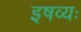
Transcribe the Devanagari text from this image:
इषव्यः